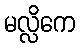
မလ္လိကေ